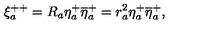
\xi _ { a } ^ { + + } = R _ { a } \eta _ { a } ^ { + } \overline { { \eta } } _ { a } ^ { + } = r _ { a } ^ { 2 } \eta _ { a } ^ { + } \overline { { \eta } } _ { a } ^ { + } ,